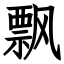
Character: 飘